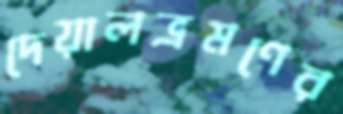
দেয়ালভ্রমণের